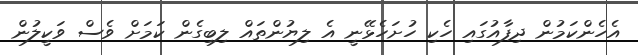
އެހެންކަމުން ދިފާއުގައި ހެކި ހުށަހެޅޭނީ އެ ލިޔުންތައް ލިބިގެން ކަމަށް ވެސް ވަކީލުން